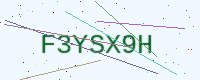
Text: F3YSX9H